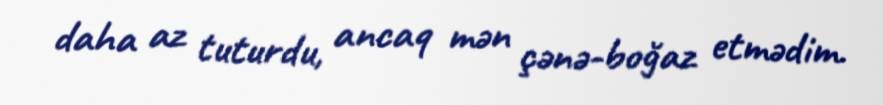
daha az tuturdu, ancaq mən çənə-boğaz etmədim.